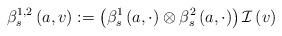
LaTeX: \begin{align*}\beta _{s}^{1,2}\left( a,v\right) :=\left( \beta _{s}^{1}\left( a,\cdot\right) \otimes \beta _{s}^{2}\left( a,\cdot \right) \right) \mathcal{I}\left( v\right) \end{align*}